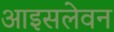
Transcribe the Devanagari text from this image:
आइसलेवन